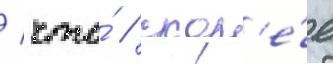
/ что́ / скор'е́е